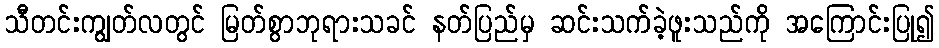
သီတင်းကျွတ်လတွင် မြတ်စွာဘုရားသခင် နတ်ပြည်မှ ဆင်းသက်ခဲ့ဖူးသည်ကို အကြောင်းပြု၍